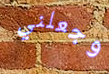
وجعلني